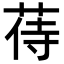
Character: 𦱎